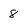
Character: 8